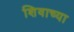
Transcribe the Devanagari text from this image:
शिवाच्या